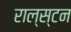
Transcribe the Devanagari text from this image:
राल्स्टन